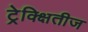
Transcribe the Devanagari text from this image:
ट्रेक्क्षितीज